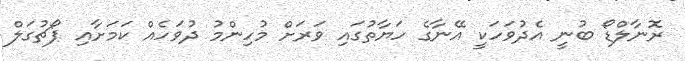
ރޮނާލްޑޯ ބުނީ އެދުވަހަކީ އޭނާގެ ހަޔާތުގައި ވަރަށް މުހިންމު ދުވަހެއް ކަމަށާއި ޕޯޗުގަލް